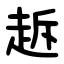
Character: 䞣